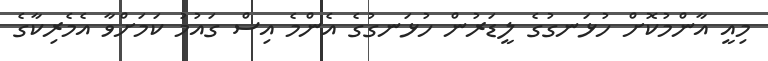
މިއީ އާންމުކޮށް ހުޅަނގުގެ ލީޑަރުން ހުޅަނގުގެ އެންމެ އިސް ގައުމު ކަމަށްވާ އެމެރިކާގެ